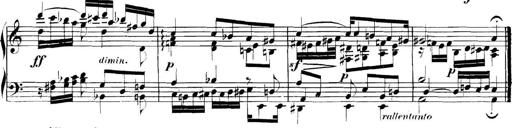
Title: Collected Piano Sonatas
Composer: Muzio Clementi